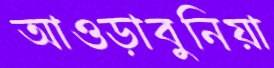
আওড়াবুনিয়া